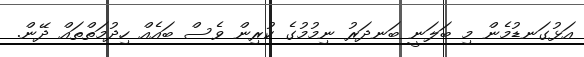
އަޅުގަނޑުމެން މި ބަލަނީ ބަނދަރު ނިމުމުގެ ކުރިން ވެސް ބައެއް ހިދުމަތްތައް ދޭން.